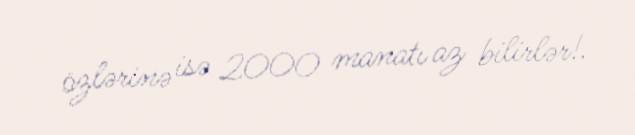
özlərinə isə 2000 manatı az bilirlər!.